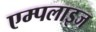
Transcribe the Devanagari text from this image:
एम्पलाइज